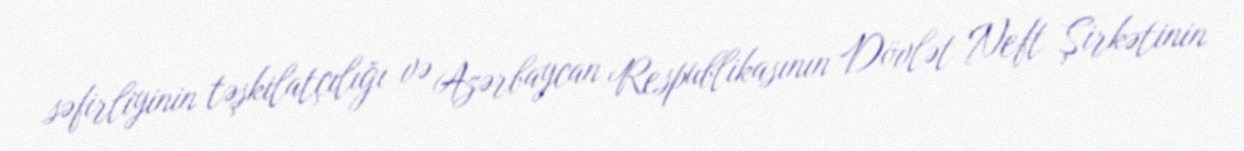
səfirliyinin təşkilatçılığı və Azərbaycan Respublikasının Dövlət Neft Şirkətinin